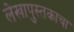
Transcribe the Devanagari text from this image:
लेखापुस्तकाचा